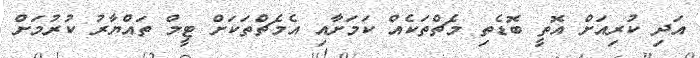
އަދި ކުރިއަށް އޮތީ ބޮޑެތި މެޗްތަކެއް ކަމަށާއި އެމެޗްތަކަށް ޓީމް ތައްޔާރު ކުރުމަށް